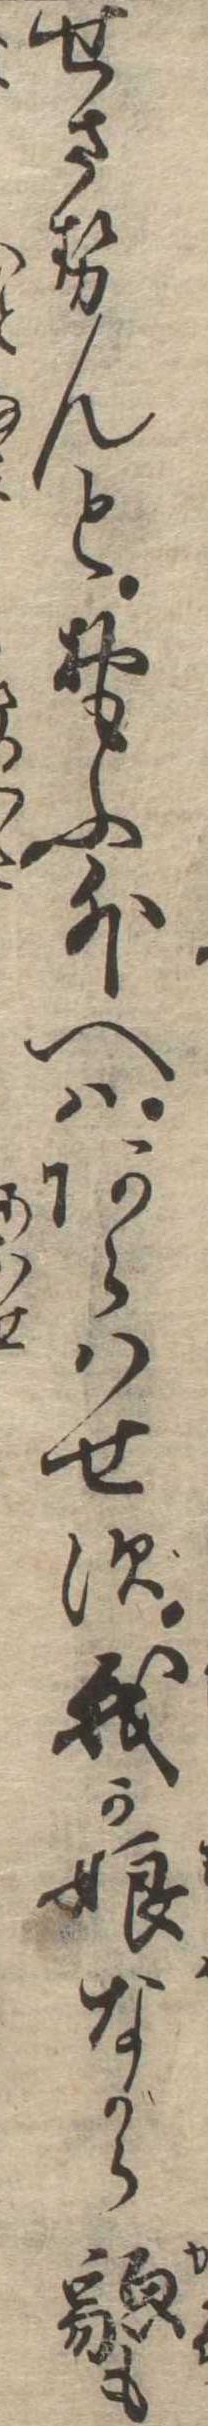
せさせんとおもふ外へはあらはせず我か娘ながら貌も